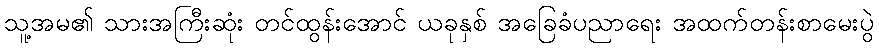
သူ့အမ၏ သားအကြီးဆုံး တင်ထွန်းအောင် ယခုနှစ် အခြေခံပညာရေး အထက်တန်းစာမေးပွဲ